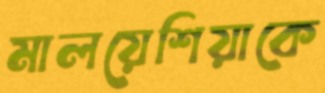
মালয়েশিয়াকে